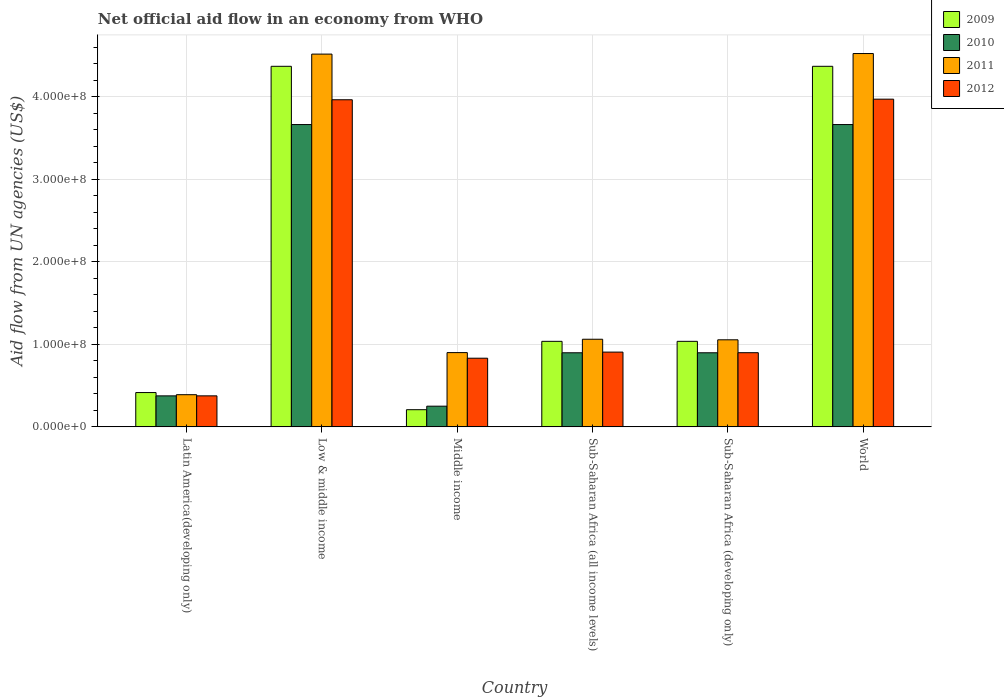
| Country | 2009 | 2010 | 2011 | 2012 |
 | --- | --- | --- | --- | --- |
 | Latin America(developing only) | 4.16e+07 | 3.76e+07 | 3.9e+07 | 3.76e+07 |
 | Low & middle income | 4.37e+08 | 3.66e+08 | 4.52e+08 | 3.96e+08 |
 | Middle income | 2.08e+07 | 2.51e+07 | 9e+07 | 8.32e+07 |
 | Sub-Saharan Africa (all income levels) | 1.04e+08 | 8.98e+07 | 1.06e+08 | 9.06e+07 |
 | Sub-Saharan Africa (developing only) | 1.04e+08 | 8.98e+07 | 1.05e+08 | 8.98e+07 |
 | World | 4.37e+08 | 3.66e+08 | 4.52e+08 | 3.97e+08 |